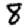
Digit: 8